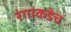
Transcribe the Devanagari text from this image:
रंगाकडेच